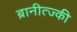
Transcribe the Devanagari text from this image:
ब्रानीत्ज्की